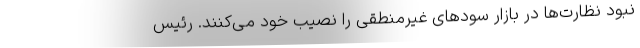
نبود نظارت‌ها در بازار سود‌های غیرمنطقی را نصیب خود می‌کنند. رئیس